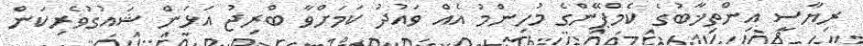
ރިޔާސީ އިންތިޚާބުގެ ކެމްޕޭންގެ މުހިންމު އެއް ވައުދު ކަމަށްވާ ބްރިޖު އަޅަން ޝައުގުވެރިކަން